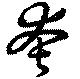
夸